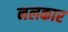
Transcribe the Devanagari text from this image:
नलकार